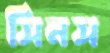
সিনস